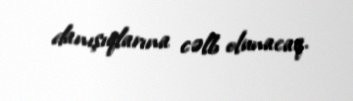
danışıqlarına cəlb olunacaq.